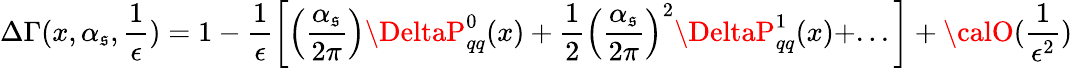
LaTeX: \Delta\Gamma(x,\alpha_{\mathfrak{s}},\frac{{1}}{{\epsilon}})=1-\frac{{1}}{{\epsilon}}\left[\left(\frac{{\alpha_{\mathfrak{s}}}}{{2\pi}}\right)\DeltaP_{qq}^{0}(x)+\frac{{1}}{{2}}\left(\frac{{\alpha_{\mathfrak{s}}}}{{2\pi}}\right)^{2}\DeltaP_{qq}^{1}(x)+...\right]+{\calO}(\frac{{1}}{{\epsilon^{2}}})